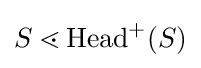
S\lessdot \mathrm {Head} ^{+}(S)